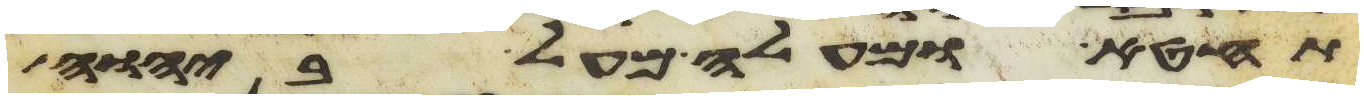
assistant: תחטא ומעלה מעל ביהוה